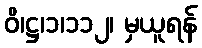
ဝိ၊ဋ္ဌ၊၁၊၁၁၂၊ မှယူရန်